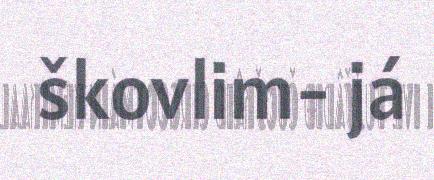
škovlim- já